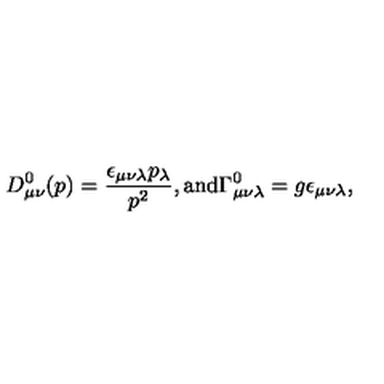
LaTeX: D _ { \mu \nu } ^ { 0 } ( p ) = \frac { \epsilon _ { \mu \nu \lambda } p _ { \lambda } } { p ^ { 2 } } , { } \mathrm { a n d } \Gamma _ { \mu \nu \lambda } ^ { 0 } = g \epsilon _ { \mu \nu \lambda } ,